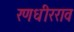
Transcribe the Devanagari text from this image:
रणधीरराव